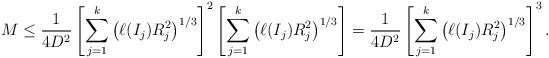
\begin{align*}M\le\frac{1}{4D^2}\left[\sum_{j=1}^k\left(\ell(I_j)R_j^2\right)^{1/3}\right]^{2}\left[\sum_{j=1}^k\left(\ell(I_j)R_j^2\right)^{1/3}\right]=\frac{1}{4D^2}\left[\sum_{j=1}^k\left(\ell(I_j)R_j^2\right)^{1/3}\right]^3.\end{align*}